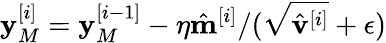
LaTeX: \mathbf{y}_{M}^{[i]}=\mathbf{y}_{M}^{[i-1]}-\eta\hat{\mathbf{m}}^{[i]}/(\sqrt{\hat{\mathbf{v}}^{[i]}}+\epsilon)